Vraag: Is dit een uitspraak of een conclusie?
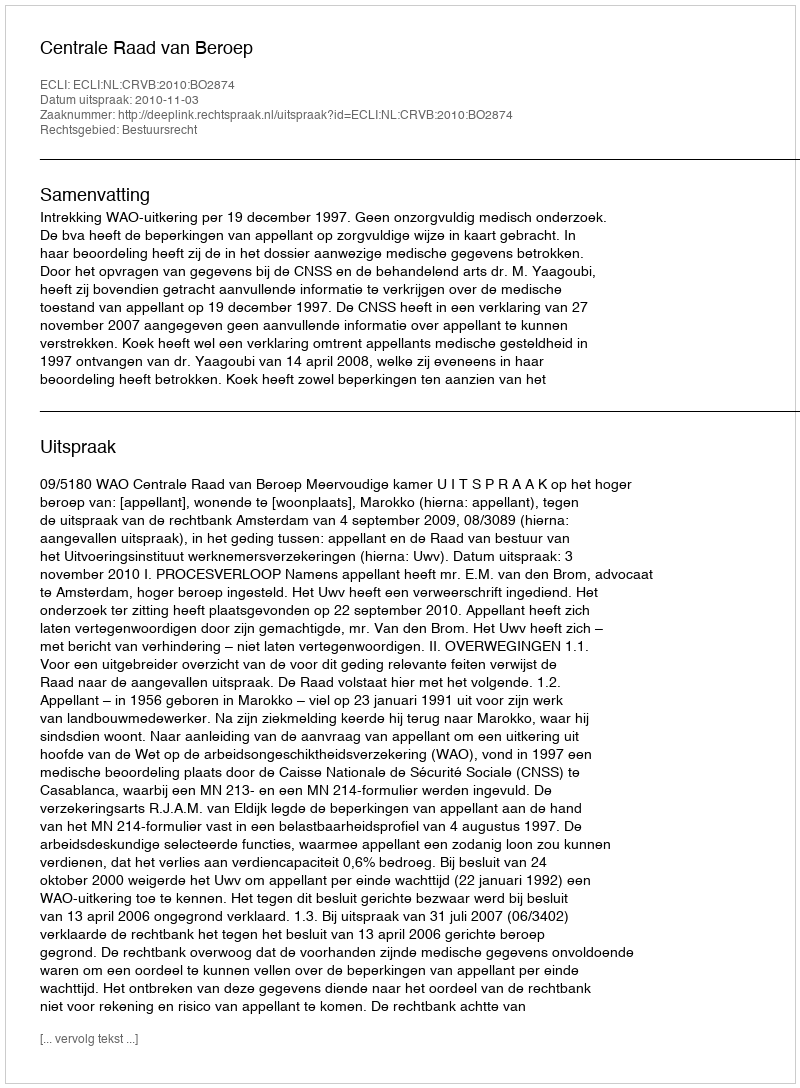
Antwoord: Uitspraak